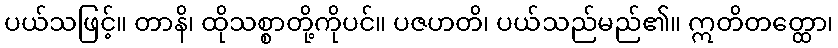
ပယ်သဖြင့်။ တာနိ၊ ထိုသစ္စာတို့ကိုပင်။ ပဇဟတိ၊ ပယ်သည်မည်၏။ ဣတိတတ္ထော၊